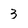
Character: 3